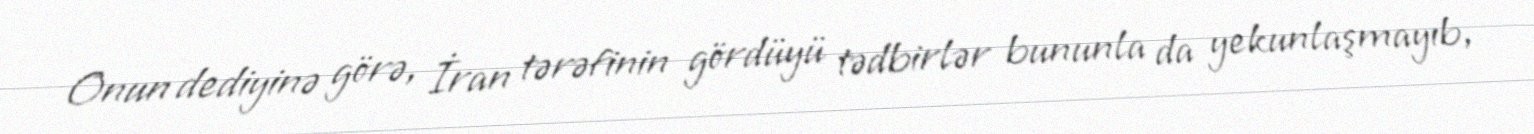
Onun dediyinə görə, İran tərəfinin gördüyü tədbirlər bununla da yekunlaşmayıb,